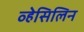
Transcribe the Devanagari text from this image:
व्हेसिलिन